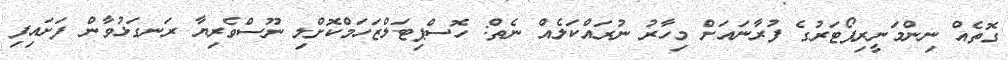
ގޮތެއް ނިންމަނީރިޕޯޓަރުގެ ފުރާނައަށް މިހާރު ނުރައްކަލެއް ނެތް: ހޮސްޕިޓަލްޒަހަމްކޮށްލި ނޫސްވެރިޔާ ރަނގަޅުވާން ފަށައިފި